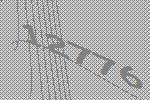
12776